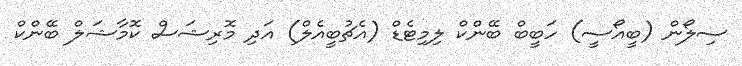
ސިލޯން (ބީއޯސީ) ހަބީބް ބޭންކް ލިމިޓެޑް (އެޗުބީއެލް) އަދި މޮރިޝަސް ކޮމާޝަލް ބޭންކް